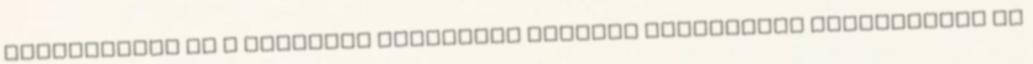
működtetése és a jogosult személyek részére hozzáférés biztosítása az